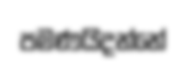
පමණයිදන්නේ